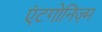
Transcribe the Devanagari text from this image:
एंटगोनिज़्म